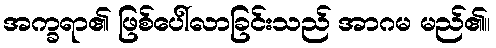
အက္ခရာ၏ ဖြစ်ပေါ်လာခြင်းသည် အာဂမ မည်၏။